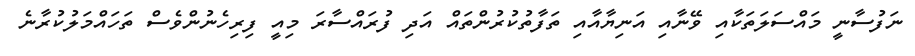
ނަފުސާނީ މައްސަލަތަކާއި ވޭނާއި އަނިޔާއާއި ތަފާތުކުރުންތައް އަދި ފުރައްސާރަ މިއީ ފިރިހެނުންވެސް ތަހައްމަލުކުރާނެ